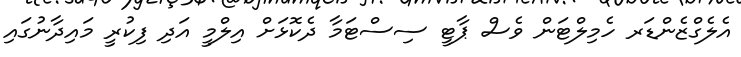
އެލެގްޒެންޑަރ ހެމިލްޓަން ވެސް ޕާޓީ ސިސްޓަމާ ދެކޮޅަށް އިލްމީ އަދި ފިކުރީ މައިދާނުގައި